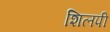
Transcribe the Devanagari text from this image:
शिलपी